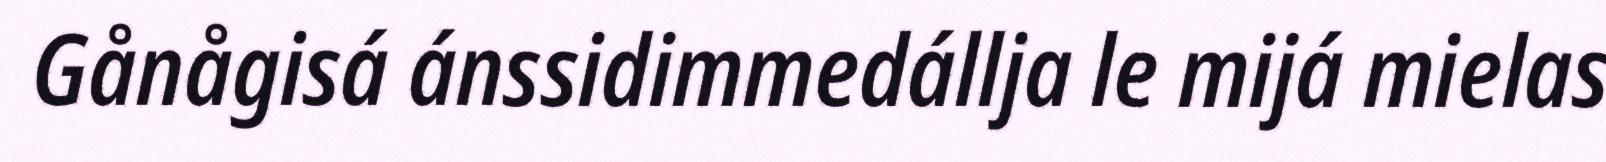
Gånågisá ánssidimmedállja le mijá mielas